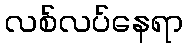
လစ်လပ်နေရာ